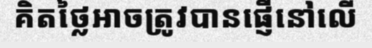
គិតថ្លៃអាចត្រូវបានផ្ញើនៅលើ